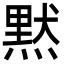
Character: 黙